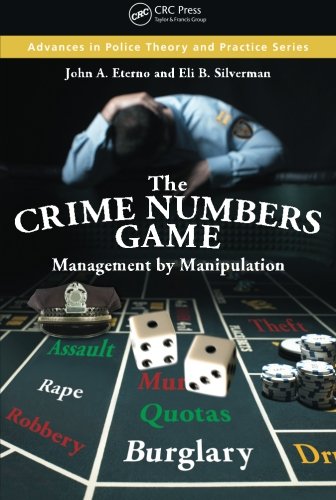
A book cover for The Crime Numbers Game: Management by Manipulation (Advances in Police Theory and Practice); John A. Eterno; Biographies & Memoirs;